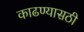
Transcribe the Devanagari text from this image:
काढण्यासठी